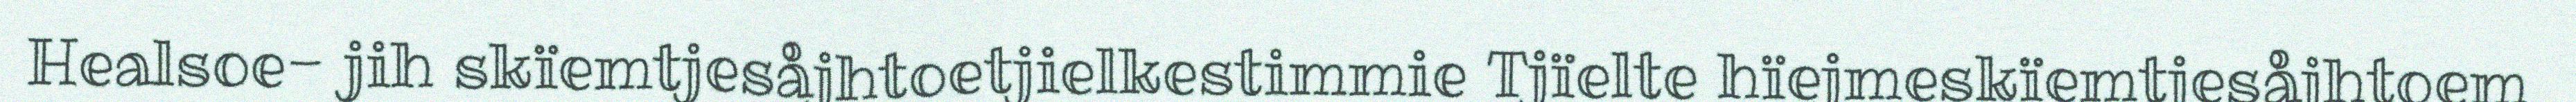
Healsoe- jih skïemtjesåjhtoetjielkestimmie Tjïelte hïejmeskïemtjesåjhtoem